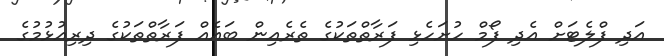
އަދި ފްލެޓަށް އެދި ފޯމް ހުށަހެޅި ފަރާތްތަކުގެ ތެރެއިން ބައެއް ފަރާތްތަކުގެ ދިރިއުޅުމުގެ